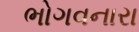
ભોગવનારા